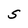
Character: S